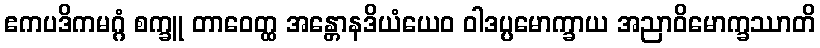
ဧကပဒိကမဂ္ဂံ စက္ခူ တာဝေတ္ထ အန္တောနဒိယံယေဝ ဝါဒပ္ပမောက္ခာယ အညာဝိမောက္ခဿာတိ